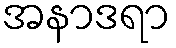
အနာဒရာ